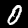
Label: 0